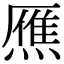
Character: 𤎝